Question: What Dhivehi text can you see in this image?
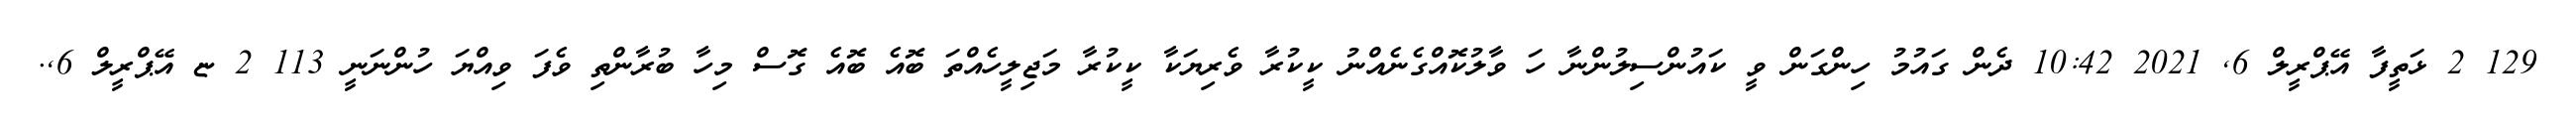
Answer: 129 2 ޅަތީފާ އޭޕްރީލް 6, 2021 10:42 ދެން ގައުމު ހިންގަން ވީ ކައުންސިލުންނާ ހަ ވާލުކޮއްގެނެއްނު ކީކުރާ ވެރިޔަކާ ކީކުރާ މަޖިލީހެއްތަ ބޮއެ ބޮއެ ގޮސް މިހާ ބުރާންތި ވެފަ ވިއްޔަ ހުންނަނީ 113 2 ޏ އޭޕްރީލް 6,.